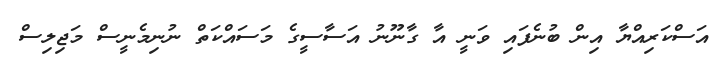
އަސްކަރިއްޔާ އިން ބުނެފައި ވަނީ އާ ގާނޫނު އަސާސީގެ މަސައްކަތް ނުނިމެނީސް މަޖިލިސް